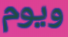
ويوم